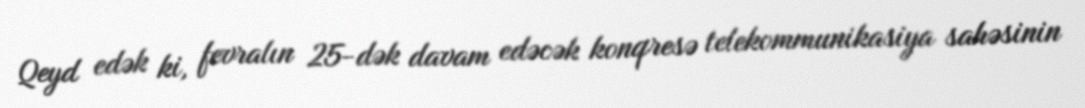
Qeyd edək ki, fevralın 25-dək davam edəcək konqresə telekommunikasiya sahəsinin